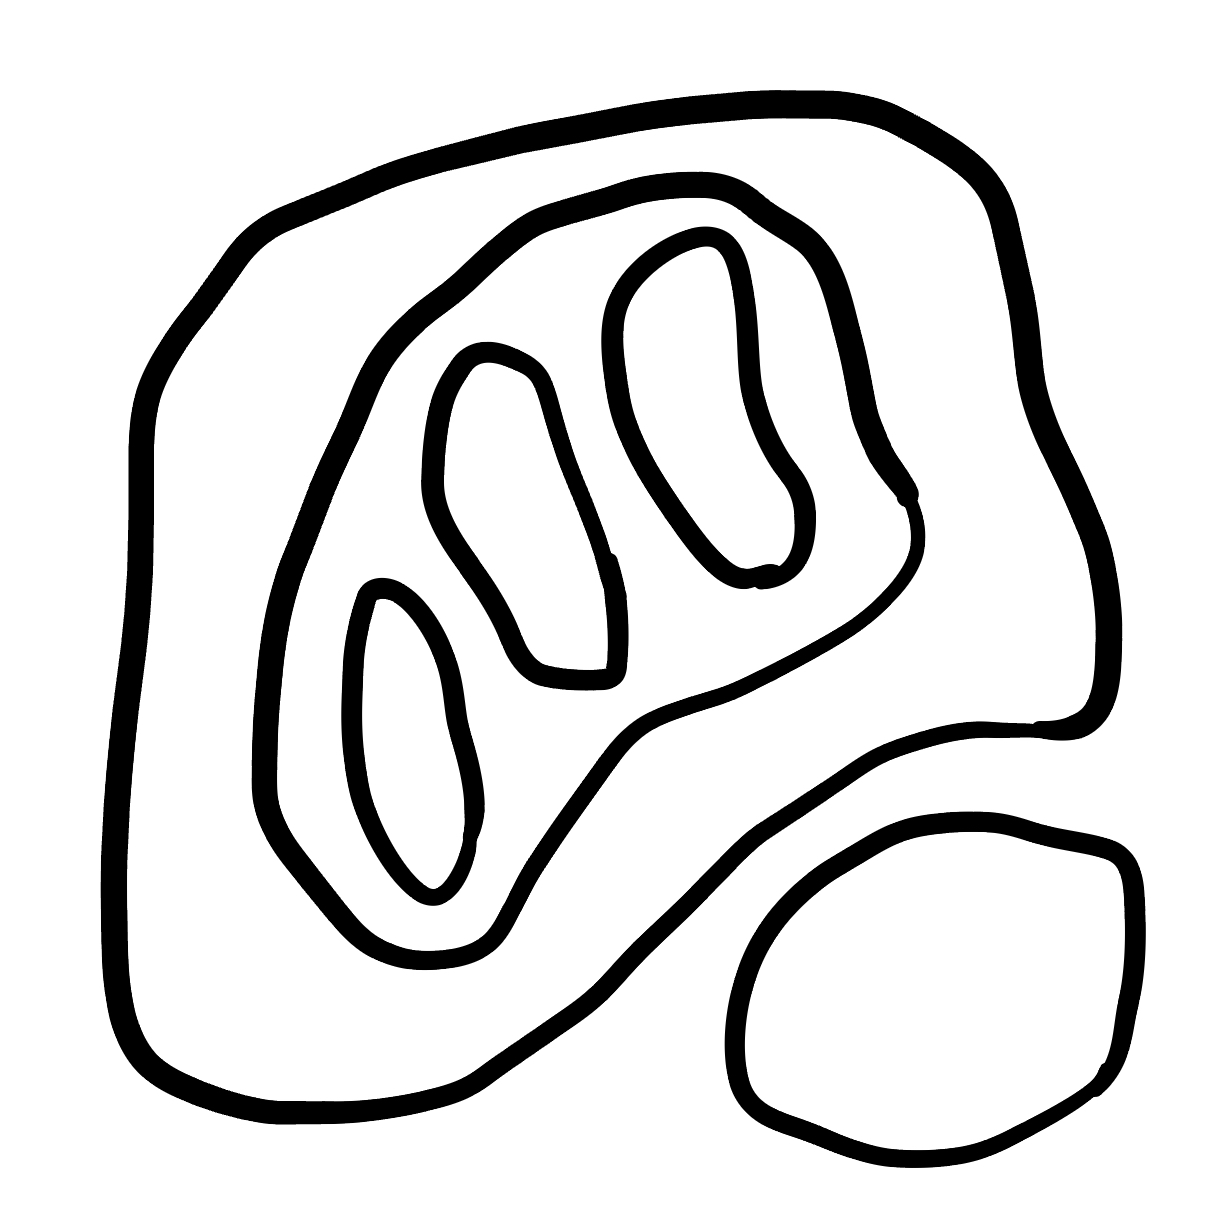
Number of regions (including the outer root region): 7
Containment tree edges (parent, child): 0, 1, 0, 2, 2, 3, 3, 4, 3, 5, 3, 6